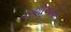
કરણીઓથી